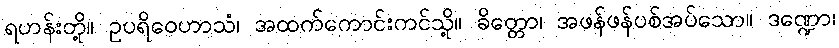
ရဟန်းတို့။ ဥပရိဝေဟာသံ၊ အထက်ကောင်းကင်သို့။ ခိတ္တော၊ အဖန်ဖန်ပစ်အပ်သော။ ဒဏ္ဍော၊